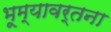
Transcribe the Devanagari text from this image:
भूम्यावर्तना